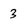
Character: 3